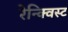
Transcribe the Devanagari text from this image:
रेन्क्विस्ट